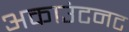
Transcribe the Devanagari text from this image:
अकाउंटनट